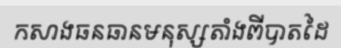
កសាងធនធានមនុស្សតាំងពីបាតដៃ